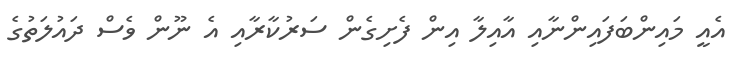
އެއީ މައިންބަފައިންނާއި އާއިލާ އިން ފެށިގެން ސަރުކާރާއި އެ ނޫން ވެސް ދައުލަތުގެ